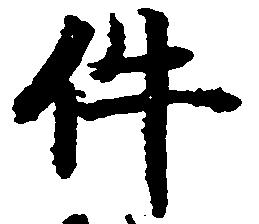
件